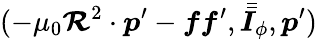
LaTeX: (-\mu_{0}\boldsymbol{\mathcal{R}}^{2}\cdot\boldsymbol{p}^{\prime}-\boldsymbol{ff}^{\prime},\bar{{\bar{{\boldsymbol{I}}}}}_{\phi},\boldsymbol{p}^{\prime})